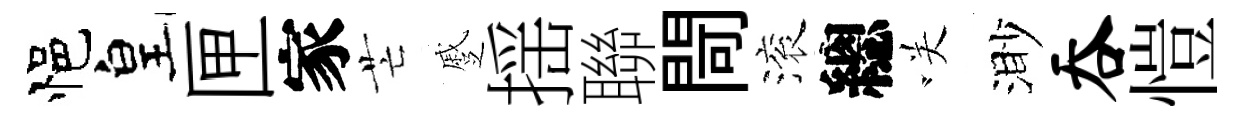
悒皇匣家芒蹙揺聯閜滚總咲渺吞愷